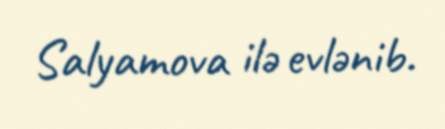
Salyamova ilə evlənib.